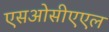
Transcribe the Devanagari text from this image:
एसओसीएएल